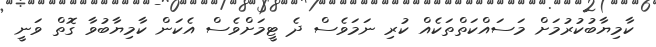
ކާމިޔާބުކުރުމަށް މަސައްކަތްތަކެއް ކުރި ނަމަވެސް ދެ ޓީމަށްވެސް އެކަން ކާމިޔާބުވާ ގޮތް ވަނީ